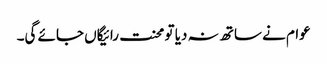
عوام نے ساتھ نہ دیا تو محنت رائیگاں جائے گی۔